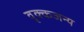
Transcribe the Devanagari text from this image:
वृक्कजन्य